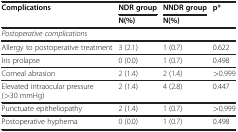
<table><thead><tr><td><b>Complications</b></td><td><b>NDR group</b></td><td><b>NNDR group</b></td><td><b>p*</b></td></tr><tr><td><b> </b></td><td><b>N(%)</b></td><td><b>N(%)</b></td><td><b> </b></td></tr></thead><tbody><tr><td><i>Postoperative complications</i></td><td> </td><td> </td><td> </td></tr><tr><td>Allergy to postoperative treatment</td><td>3 (2.1)</td><td>1 (0.7)</td><td>0.622</td></tr><tr><td>Iris prolapse</td><td>0 (0.0)</td><td>1 (0.7)</td><td>0.498</td></tr><tr><td>Corneal abrasion</td><td>2 (1.4)</td><td>2 (1.4)</td><td>&gt;0.999</td></tr><tr><td>Elevated intraocular pressure (&gt;30 mmHg)</td><td>2 (1.4)</td><td>4 (2.8)</td><td>0.447</td></tr><tr><td>Punctuate epitheliopathy</td><td>2 (1.4)</td><td>1 (0.7)</td><td>&gt;0.999</td></tr><tr><td>Postoperative hyphema</td><td>0 (0.0)</td><td>1 (0.7)</td><td>0.498</td></tr></tbody></table>